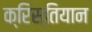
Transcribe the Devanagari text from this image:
क्रिस्तियान